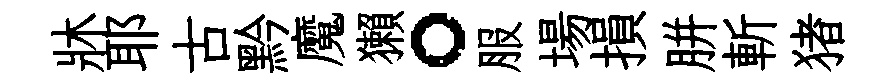
牀耶古黔魔獺。服場損胼斬猪